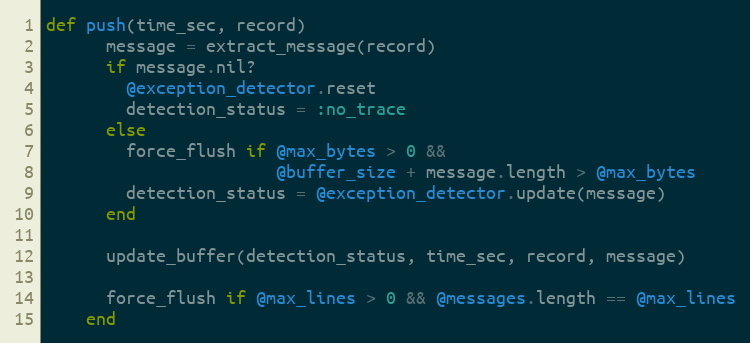
Language: Ruby
def push(time_sec, record)
      message = extract_message(record)
      if message.nil?
        @exception_detector.reset
        detection_status = :no_trace
      else
        force_flush if @max_bytes > 0 &&
                       @buffer_size + message.length > @max_bytes
        detection_status = @exception_detector.update(message)
      end

      update_buffer(detection_status, time_sec, record, message)

      force_flush if @max_lines > 0 && @messages.length == @max_lines
    end